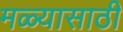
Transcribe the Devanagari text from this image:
मळ्यासाठी